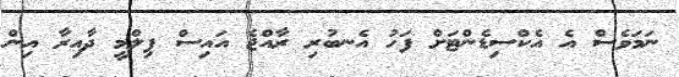
ނަމަވެސް އެ އެކްސިޑެންޓަށް ފަހު އެނބުރި ރާއްޖެ އައިސް ފިލްމީ ދާއިރާ އިން